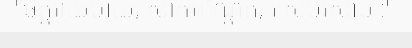
"ចិត្តរាយមាយ, សាត់អណ្តែត, រសេមរសាម :"